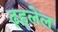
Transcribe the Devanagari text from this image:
ढ़हलेल